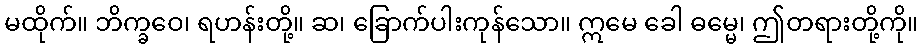
မထိုက်။ ဘိက္ခဝေ၊ ရဟန်းတို့။ ဆ၊ ခြောက်ပါးကုန်သော။ ဣမေ ခေါ ဓမ္မေ၊ ဤတရားတို့ကို။